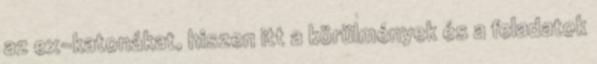
az ex-katonákat, hiszen itt a körülmények és a feladatok